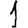
Digit: 1